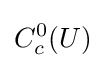
C_{c}^{0}(U)